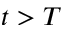
t > T